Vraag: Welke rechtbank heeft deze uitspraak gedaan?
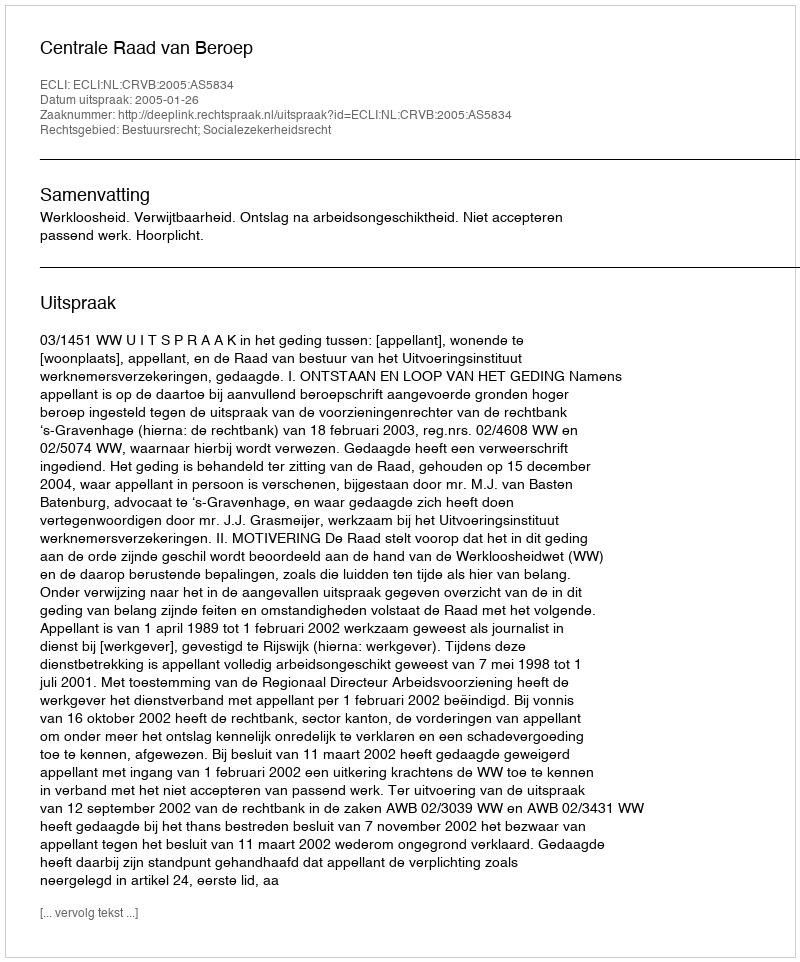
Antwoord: Centrale Raad van Beroep